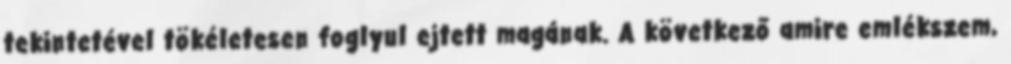
tekintetével tökéletesen foglyul ejtett magának. A következő amire emlékszem,